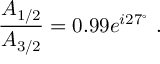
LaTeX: \frac { A _ { 1 / 2 } } { A _ { 3 / 2 } } = 0 . 9 9 e ^ { i 2 7 ^ { \circ } } ~ .